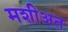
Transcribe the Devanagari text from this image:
मशीअत